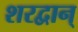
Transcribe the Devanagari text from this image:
शरद्वान्‌